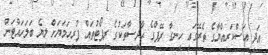
އަދި ޢަސްކަރިއްޔާގެ ތެރޭގައި ހިނގާ ރޭޕްގެ ޙާދިސާތަކުގެ ރިޕޯޓުތައް ފުރިހަމަޔަށް ލިޔެ ބަލަހައްޓަން